Annual report on the lock hospitals of the Madras Presidency
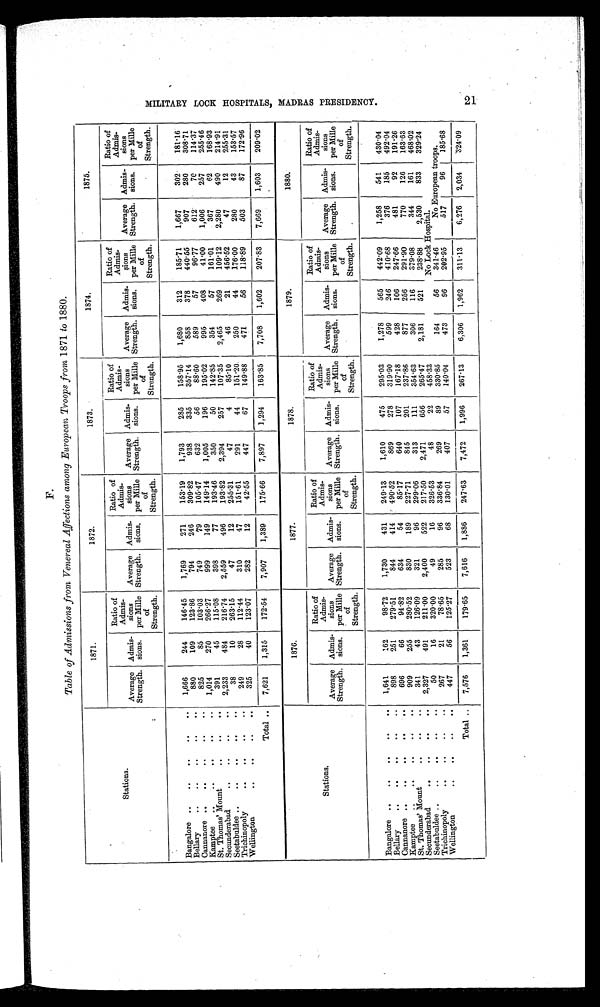
F
Table of Admissions from Venereal Affections among European Troops from 1871 to 1880.
Stations.
1871.
1872.
1873.
1874.
1875.
Average
Strength.
Admis
-sions.
Ratio of
Admis
-sions
per Mille
of
Strength.
Average
Strength.
Admis
-sions.
Ratio of
Admis
-sions
per Mille
of
Strength.
Average
Strength.
Admis
-sions.
Ratio of
Admis
-sions
per Mille
of
Strength.
Average
Strength.
Admis
-sions.
Ratio of
Admis
-sions
per Mille
of
Strength.
Average
Strength.
Admis
-sions.
Ratio of
Admis
-sions
per Mille
of
Strength.
Bangalore ..
..
..
..
..
1,666
244
146.45
1,769
271
153.19
1,793
285
158.95
1,680
312
185.71
1,667
302
181.16
Bellary
..
..
..
..
..
880
109
123.86
794
246
309.82
938
335
357.14
858
378
440.55
907
280
308.71
Cannanore ..
..
..
..
..
825
85
103.03
749
79
105.47
632
56
88.60
589
57
96.77
612
70
114.37
Kamptee ..
..
..
..
..
1,014
270
266.27
999
149
149.14
1,005
196
195.02
995
408
41.00
1,006
257
255.46
St. Thomas' Mount
..
..
..
391
45
115.08
398
77
193.46
350
50
142.85
354
57
161.01
367
62
168.93
Secunderabad
..
..
..
..
2,233
484
216.74
2,559
496
193.82
2,394
257
107.35
2,465
269
109.12
2,280
490
214.91
Seetabuldee ..
..
..
..
..
38
10
263.15
47
12
255.31
47
4
85.10
46
21
456.52
47
12
255.31
Trichinopoly
..
..
..
..
249
28
112.44
310
47
151.61
291
44
151.20
250
44
176.00
280
43
153.57
Wellington
325
40
123.07
282
12
42.55
447
67
149.88
471
56
118.89
503
87
172.96
Total ..
7,621
1,315
172.54
7,907
1,389
175.66
7,897
1,294
163.85
7,708
1,602
207.83
7,669
1,603
209.02
Stations.
1876.
1877.
1878.
1879.
1880.
Average
Strength.
Admis
.-sions.
Ratio of
Admis
-sions
per Mille
of
Strength.
Average
Strength.
Admis
-sions.
Ratio of
Admis
-sions
per Mille
of
Strength.
Average
Strength.
Admis
-sions.
Ratio of
Admis
-sions
per Mille
of
Strength.
Average
Strength.
Admis
-sions.
Ratio of
Admis
-sions
per Mille
of
Strength.
Average
Strength.
Admis
-sions.
Ratio of
Admis
-sions
per Mille
of
Strength.
Bangalore ..
..
..
..
..
1,641
162
98.72
1,730
431
249.13
1,610
475
295.03
1,278
565
442.09
1,258
541
430.04
Bellary
..
..
..
..
..
898
251
279.51
844
414
490.52
869
278
319.90
599
246
410.68
376
185
492.04
Cannanore ..
..
..
..
696
66
94.82
634
54
85.17
640
107
167.18
428
106
247.66
481
92
191.26
Kamptee .
..
..
..
909
255
280.52
830
189
227.71
845
201
237.86
877
256
291.90
770
126
163.63
St. Thomas' Mount
..
..
..
341
43
126.09
321
96
299.06
313
111
354.63
306
116
379.08
344
161
468.02
Secunderabad
..
..
..
..
2,327
491
211.00
2,400
522
217.50
2,471
656
265.47
2,181
521
238.88
2,530
833
329.24
Seetabuldee ..
_
..
..
..
50
16
320.00
49
16
326.53
48
22
458.33
No Lock Hospital.
Trichinopoly
..
..
..
..
267
21
78.65
285
96
336.84
269
89
330.85
164
56
341.46
No European troops.
Wellington
..
..
..
..
447
56
125.27
523
68
130.01
407
57
140.04
473
96
202.95
517
96
185.68
Total ..
7,576
1,361
179.65
7,616
1,886
247.63
7,472
1,996
267.13
6,306
1,962
311.13
6,276
2,034
324.09
M I L I T A R Y L O C K H O S P I T A L , M A D R A S P R E S I D E N C Y . 2 1